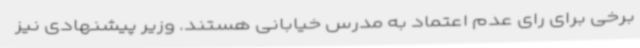
برخی برای رای عدم اعتماد به مدرس خیابانی هستند. وزیر پیشنهادی نیز